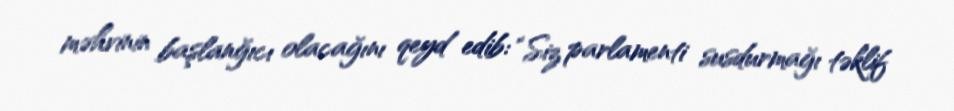
məhvinin başlanğıcı olacağını qeyd edib: “Siz parlamenti susdurmağı təklif